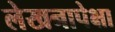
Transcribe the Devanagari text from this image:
लेखनापेक्षा